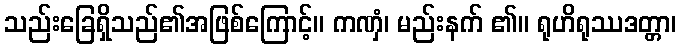
သည်းခြေရှိသည်၏အဖြစ်ကြောင့်။ ကဏှံ၊ မည်းနက် ၏။ ရုဟိရုဿဒတ္တာ၊